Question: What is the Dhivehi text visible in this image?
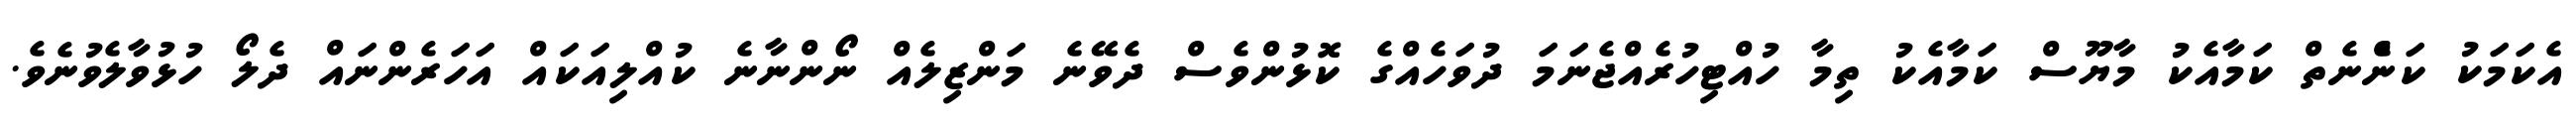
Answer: އެކަމަކު ކަންެނެތް ކަމާއެކު މާޔޫސް ކަމާއެކު ތިމާ ހުއްޓިހުރެއްޖެނަމަ ދުވަހެއްގެ ކޮޅުންވެސް ދެވޭނެ މަންޒިލެއް ނޯންނާނެ ކުއްލިއަކައް އަހަރެންނައް ދެލޯ ހުޅުވާލެވުނެވެ.